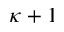
\kappa + 1